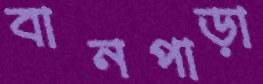
বানপাড়া